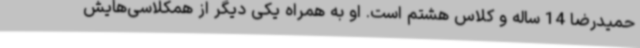
حمیدرضا 14 ساله و کلاس هشتم است. او به همراه یکی دیگر از همکلاسی‌هایش